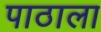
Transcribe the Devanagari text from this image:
पाठाला